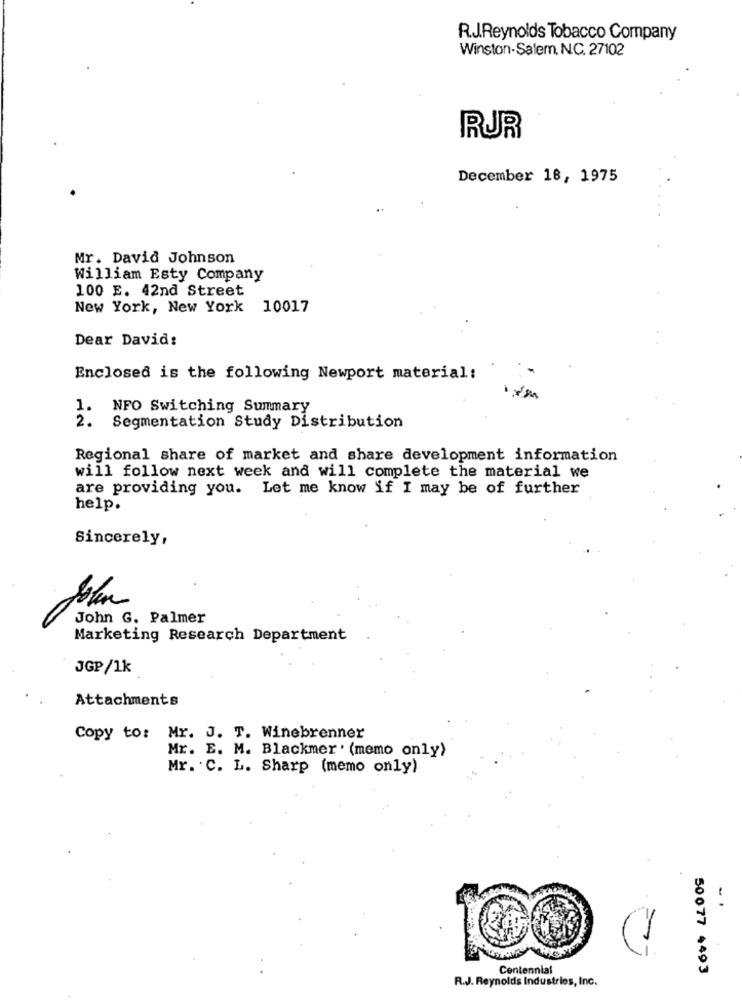
R.J.Reynolds Tobacco Company
Winston-Salem, N.C. 27102
RUR
December 18, 1975
Mr. David Johnson
William Esty Company
100 E. 42nd Street
New York, New York 10017
Dear David:
Enclosed is the following Newport material:
1.
NFO Switching Summary
2.
Segmentation Study Distribution
Regional share of market and share development information
will follow next week and will complete the material we
are providing you. Let me know if I may be of further
help.
Sincerely,
John
John G. Palmer
Marketing Research Department
JGP/1k
Attachments
Copy to: Mr. J. T. Winebrenner
Mr. E. M. Blackmer' (memo only)
Mr. C. L. Sharp (memo only)
-
Centennial
50077 4493
R.J. Reynolds Industries, Inc.